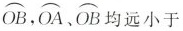
\stackrel\frown{OB} ,\stackrel\frown{OA}、 \stackrel\frown{OB}均远小于